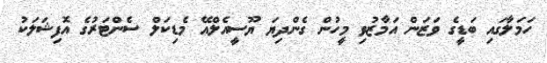
ހަމަލާގައި ބަޑީގެ ވަޒަން އަމާޒުވި މީހުން ގެންދިޔަ ޔޫސީއެލްއޭ މެޑިކަލް ސެންޓަރުގެ އޮފިޝަލަކު